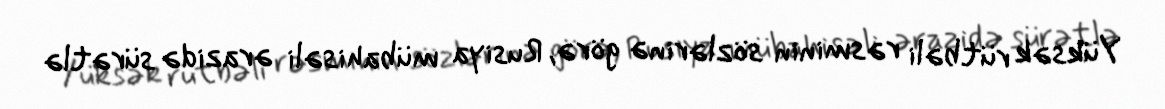
Yüksək rütbəli rəsminin sözlərinə görə, Rusiya mübahisəli ərazidə sürətlə